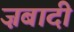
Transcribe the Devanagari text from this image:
ज़बादी